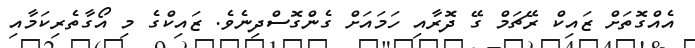
އެއްގޮތަށް ޒައިކް ރޭޗަމް ގޭ ދޮރާއި ހަމައަށް ގެންގޮސްދިނެވެ. ޒައިކްގެ މި އޯގާތެރިކަމާއި